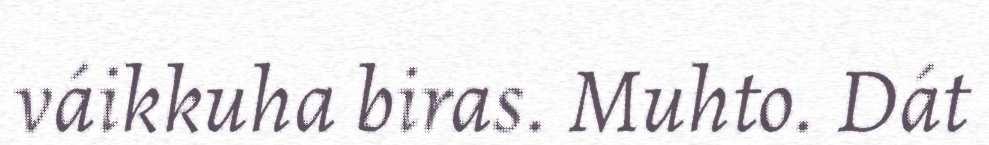
váikkuha biras. Muhto. Dát